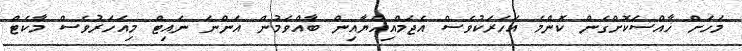
މަހަށް ޚާއްސަކޮށްގެން ކޮންމެ އަހަރަކުވެސް އެޖަމްއިއްޔާއިން ބާއްވަމުން އަންނަ ނައިޓް މިއަހަރުވެސް މާކެޓް